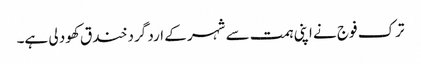
ترک فوج نے اپنی ہمت سے شہر کے ارد گرد خند ق کھود لی ہے۔